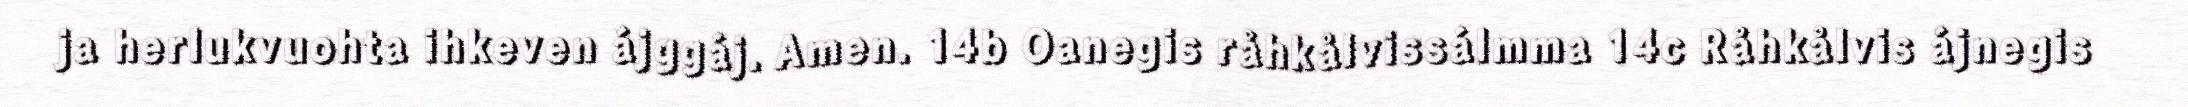
ja herlukvuohta ihkeven ájggáj. Amen. 14b Oanegis råhkålvissálmma 14c Råhkålvis ájnegis